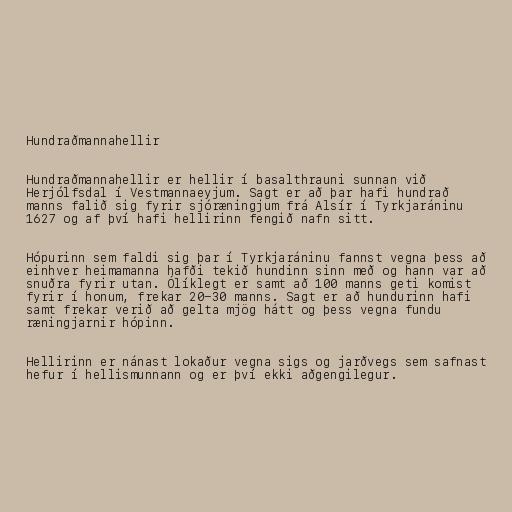
Hundraðmannahellir

Hundraðmannahellir er hellir í basalthrauni sunnan við
Herjólfsdal í Vestmannaeyjum. Sagt er að þar hafi hundrað
manns falið sig fyrir sjóræningjum frá Alsír í Tyrkjaráninu
1627 og af því hafi hellirinn fengið nafn sitt.

Hópurinn sem faldi sig þar í Tyrkjaráninu fannst vegna þess að
einhver heimamanna hafði tekið hundinn sinn með og hann var að
snuðra fyrir utan. Ólíklegt er samt að 100 manns geti komist
fyrir í honum, frekar 20-30 manns. Sagt er að hundurinn hafi
samt frekar verið að gelta mjög hátt og þess vegna fundu
ræningjarnir hópinn.

Hellirinn er nánast lokaður vegna sigs og jarðvegs sem safnast
hefur í hellismunnann og er því ekki aðgengilegur.